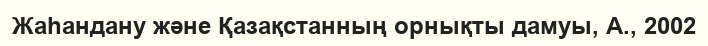
Жаһандану және Қазақстанның орнықты дамуы, А., 2002